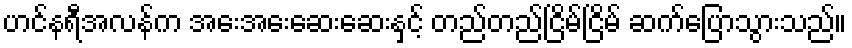
ဟင်နရီအလန်က အေးအေးဆေးဆေးနှင့် တည်တည်ငြိမ်ငြိမ် ဆက်ပြောသွားသည်။